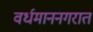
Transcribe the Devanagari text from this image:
वर्धमाननगरात